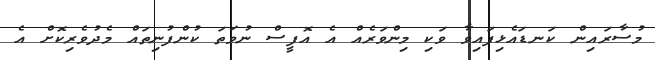
މުސާރައިން ކަނޑައެޅިފައިވާ ވަކި މިންވަރެއް އެ އޮފީސް ނުވަތަ ކުންފުނިތައް މެދުވެރިކޮށް އެ